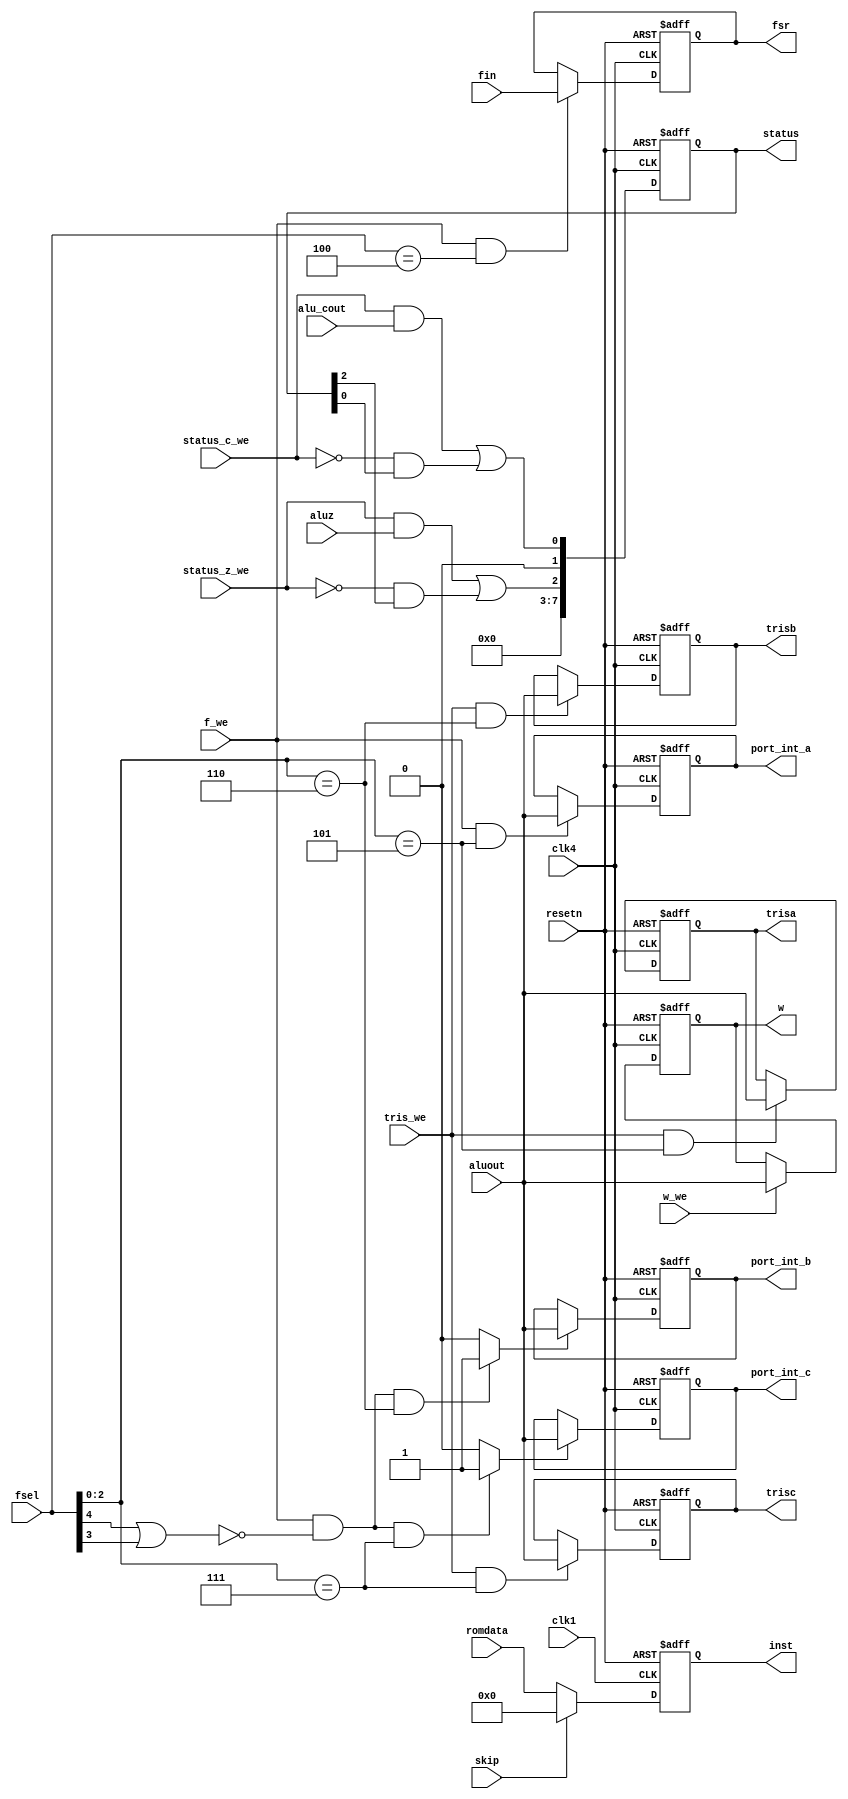
module spcl_regs ( clk1, clk4, resetn, aluz, alu_cout, skip,
                   w_we, status_c_we, status_z_we,
						 tris_we, f_we, aluout, romdata,
						 fsel, fin, port_int_a, port_int_b, 
						 port_int_c, trisa, trisb, trisc,
						 status, w, fsr, inst );
 

input clk1, clk4, resetn, aluz, alu_cout, skip,
      w_we, status_c_we, status_z_we,
		tris_we, f_we ;
reg[11:0] inst_in;
input [7:0] aluout;
input [11:0] romdata;
input [4:0] fsel;
input [7:0] fin;

output  [7:0] port_int_a;
output [7:0] port_int_b;
output [7:0] port_int_c;

output  [7:0] trisa;
output [7:0] trisb;
output [7:0] trisc;

output [7:0] status;
output [7:0] w;
output [7:0] fsr;
output [11:0] inst;


reg [7:0] port_int_a, port_int_b, port_int_c;
reg [7:0]  port_en_b, port_en_c;// these are the b & c enable a has enable 'b1

reg [7:0]  trisa, trisb, trisc;

reg [7:0] status /* synthesis syn_preserve = 1 */;

reg [7:0] w;

reg [11:0] inst;

wire [7:0] status_in;

wire special_we;

wire  reset = ~resetn;

wire       regfile_fsel;  // High when fsel refers to actual register location

reg [ 7:0]  fsr;


// This signal indicates the fsel register address is refering to an
// actual Register File location (address >= 8) versus a special
// register.
assign regfile_fsel = fsel[4] | fsel[3] ;

assign special_we = f_we & ~regfile_fsel;

always @(posedge clk4 or posedge reset)
begin
  if (reset)  begin
  trisa <= 8'b11111111;
  trisb <= 8'b11111111;
  trisc <= 8'b11111111;
  end
  else 
    begin
      if(tris_we == 1'b1 &&  fsel[2:0] == 3'd5)
      trisa <= aluout;
	  if(tris_we == 1'b1 &&  fsel[2:0] == 3'd6)
      trisb <= aluout;
	  if(tris_we == 1'b1 &&  fsel[2:0] == 3'd7)
      trisc <= aluout;
    end
end



// Write to portaRegister
always@(posedge clk4 or posedge reset)
begin
  if(reset)
    port_int_a <= 8'b00000000;
  else if(f_we == 1'b1 && fsel[2:0] == 3'd5) 
   begin
      port_int_a <= aluout;
   end
end
  
always@(posedge clk4 or posedge reset)
begin
  if(reset)
    port_int_b <= 8'b00000000;
  else if(port_en_b) 
   begin
      port_int_b <= aluout;
   end
end
  
always@(posedge clk4 or posedge reset)
begin
  if(reset)
    port_int_c <= 8'b00000000;
  else if(port_en_c) 
   begin
      port_int_c <= aluout;
   end
end
  


// Write to portbRegister enable
always @(special_we or fsel[2:0]) begin
   if (special_we == 1'b1 && fsel[2:0] == 3'd6) begin
      port_en_b = 1'b1;
   end
   else begin
      port_en_b = 1'b0;
   end   
end



// Write to portcRegister
always @(special_we or fsel[2:0]) begin
   if (special_we == 1'b1 && fsel[2:0] == 3'd7) begin
      port_en_c = 1'b1;
   end
   else begin
      port_en_c = 1'b0;
   end   
end


// status register generated 

always@(posedge clk4 or posedge reset)
begin
  if(reset)
     begin
          status <= 8'b00000000;
	 end
  else
      begin
           status <= status_in;
	  end

end



// STATUS Register
assign status_in[7:3] = 5'b00000;
assign status_in[1]   = 1'b0;
assign status_in[2]   = (status_z_we & aluz) |        // Write aluz if we're supposed to..
                        (~status_z_we & status[2]);   // Otherwise, rewrite current value.
assign status_in[0]   = (status_c_we & alu_cout) |     // Write aluc if we're supposed to..
                        (~status_c_we & status[0]);   // Otherwise, rewrite current value.


// generating a w register
always@(posedge clk4 or posedge reset)
begin
  if(reset)
    w <= 8'b00000000;
  else if(w_we) 
   begin
      w <= aluout;
   end
end


always@(posedge clk4 or posedge reset)
begin
  if(reset)
    fsr <= 8'b00000000;
  else if(f_we == 1'b1 && fsel == 5'b00100 ) 
   begin
      fsr <= fin;
   end
end

always@(posedge clk1 or posedge reset)
begin
 if(reset == 1'b1)
   inst <= 12'b000000000000;
 else 
   inst <= inst_in;
end

// inst gets the ROM data unless skip is asserted which forces a NOP

always @(skip or romdata) begin
   if (skip == 1'b1) 
      inst_in = 12'b000000000000;
   else
      inst_in = romdata;
end



endmodule